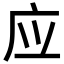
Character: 应